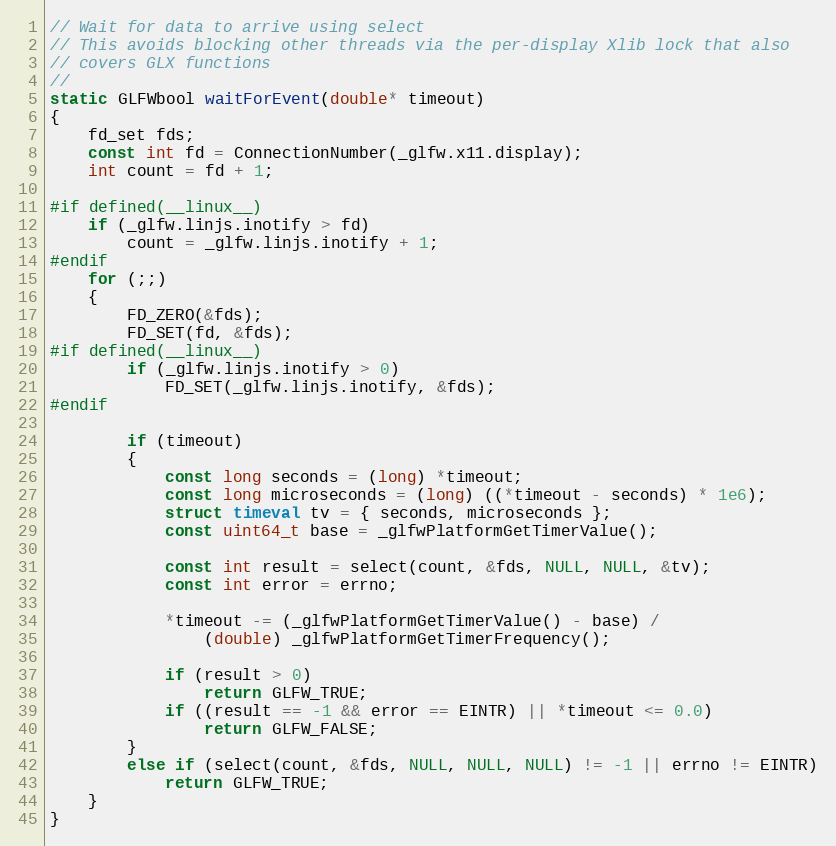
Language: C
// Wait for data to arrive using select
// This avoids blocking other threads via the per-display Xlib lock that also
// covers GLX functions
//
static GLFWbool waitForEvent(double* timeout)
{
    fd_set fds;
    const int fd = ConnectionNumber(_glfw.x11.display);
    int count = fd + 1;

#if defined(__linux__)
    if (_glfw.linjs.inotify > fd)
        count = _glfw.linjs.inotify + 1;
#endif
    for (;;)
    {
        FD_ZERO(&fds);
        FD_SET(fd, &fds);
#if defined(__linux__)
        if (_glfw.linjs.inotify > 0)
            FD_SET(_glfw.linjs.inotify, &fds);
#endif

        if (timeout)
        {
            const long seconds = (long) *timeout;
            const long microseconds = (long) ((*timeout - seconds) * 1e6);
            struct timeval tv = { seconds, microseconds };
            const uint64_t base = _glfwPlatformGetTimerValue();

            const int result = select(count, &fds, NULL, NULL, &tv);
            const int error = errno;

            *timeout -= (_glfwPlatformGetTimerValue() - base) /
                (double) _glfwPlatformGetTimerFrequency();

            if (result > 0)
                return GLFW_TRUE;
            if ((result == -1 && error == EINTR) || *timeout <= 0.0)
                return GLFW_FALSE;
        }
        else if (select(count, &fds, NULL, NULL, NULL) != -1 || errno != EINTR)
            return GLFW_TRUE;
    }
}